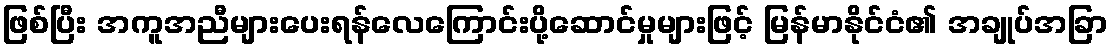
ဖြစ်ပြီး အကူအညီများပေးရန်လေကြောင်းပို့ဆောင်မှုများဖြင့် မြန်မာနိုင်ငံ၏ အချုပ်အခြာ